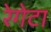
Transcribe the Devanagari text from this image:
रेगेटा